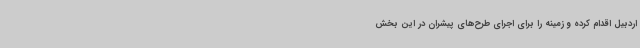
اردبیل اقدام کرده و زمینه را برای اجرای طرح‌های پیشران در این بخش